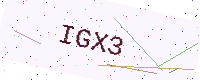
Text: IGX3